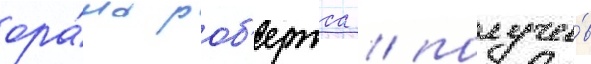
ора́ла роб'ертса / получи́в